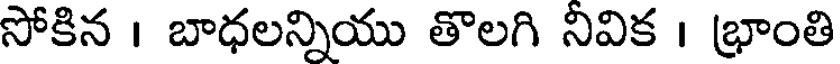
సోకిన । బాధలన్నియు తొలగి నివిక । భ్రాంతి